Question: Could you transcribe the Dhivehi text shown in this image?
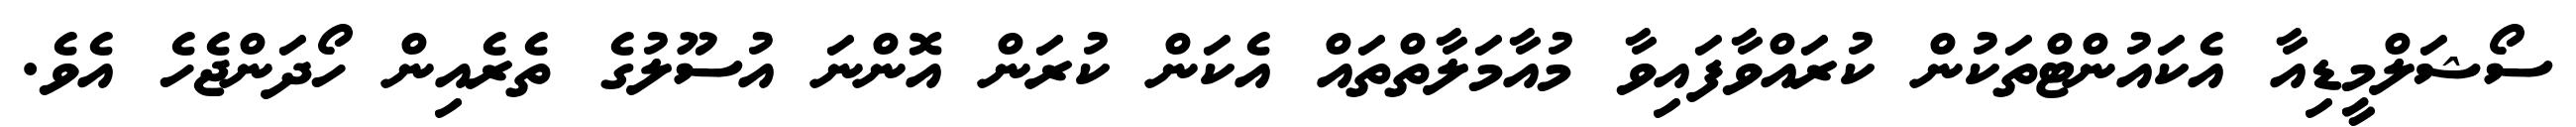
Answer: ސޯޝަލްމީޑިއާ އެކައުންޓްތަކުން ކުރައްވާފައިވާ މުއާމަލާތްތައް އެކަން ކުރަން އޮންނަ އުސޫލުގެ ތެރެއިން ހޯދަންޖެހެ އެވެ.